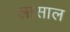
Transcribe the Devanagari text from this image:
लासाल